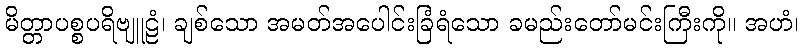
မိတ္တာပစ္စပရိဗျူဠံ၊ ချစ်သော အမတ်အပေါင်းခြံရံသော ခမည်းတော်မင်းကြီးကို။ အဟံ၊